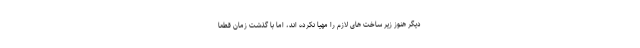
دیگر هنوز زیر ساخت های لازم را مهیا نکرده اند، اما با گذشت زمان قطعاً